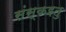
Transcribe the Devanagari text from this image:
संस्कइतु